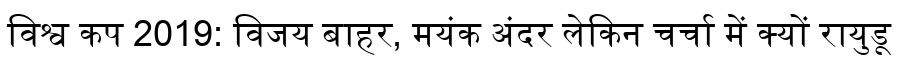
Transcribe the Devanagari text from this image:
विश्व कप 2019: विजय बाहर, मयंक अंदर लेकिन चर्चा में क्यों रायुडू